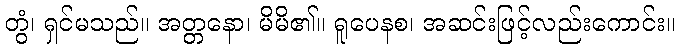
တွံ၊ ရှင်မသည်။ အတ္တနော၊ မိမိ၏။ ရူပေနစ၊ အဆင်းဖြင့်လည်းကောင်း။